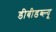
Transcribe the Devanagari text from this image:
डीबीडब्ल्यू